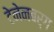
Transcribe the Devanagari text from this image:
टेनेनबर्ग